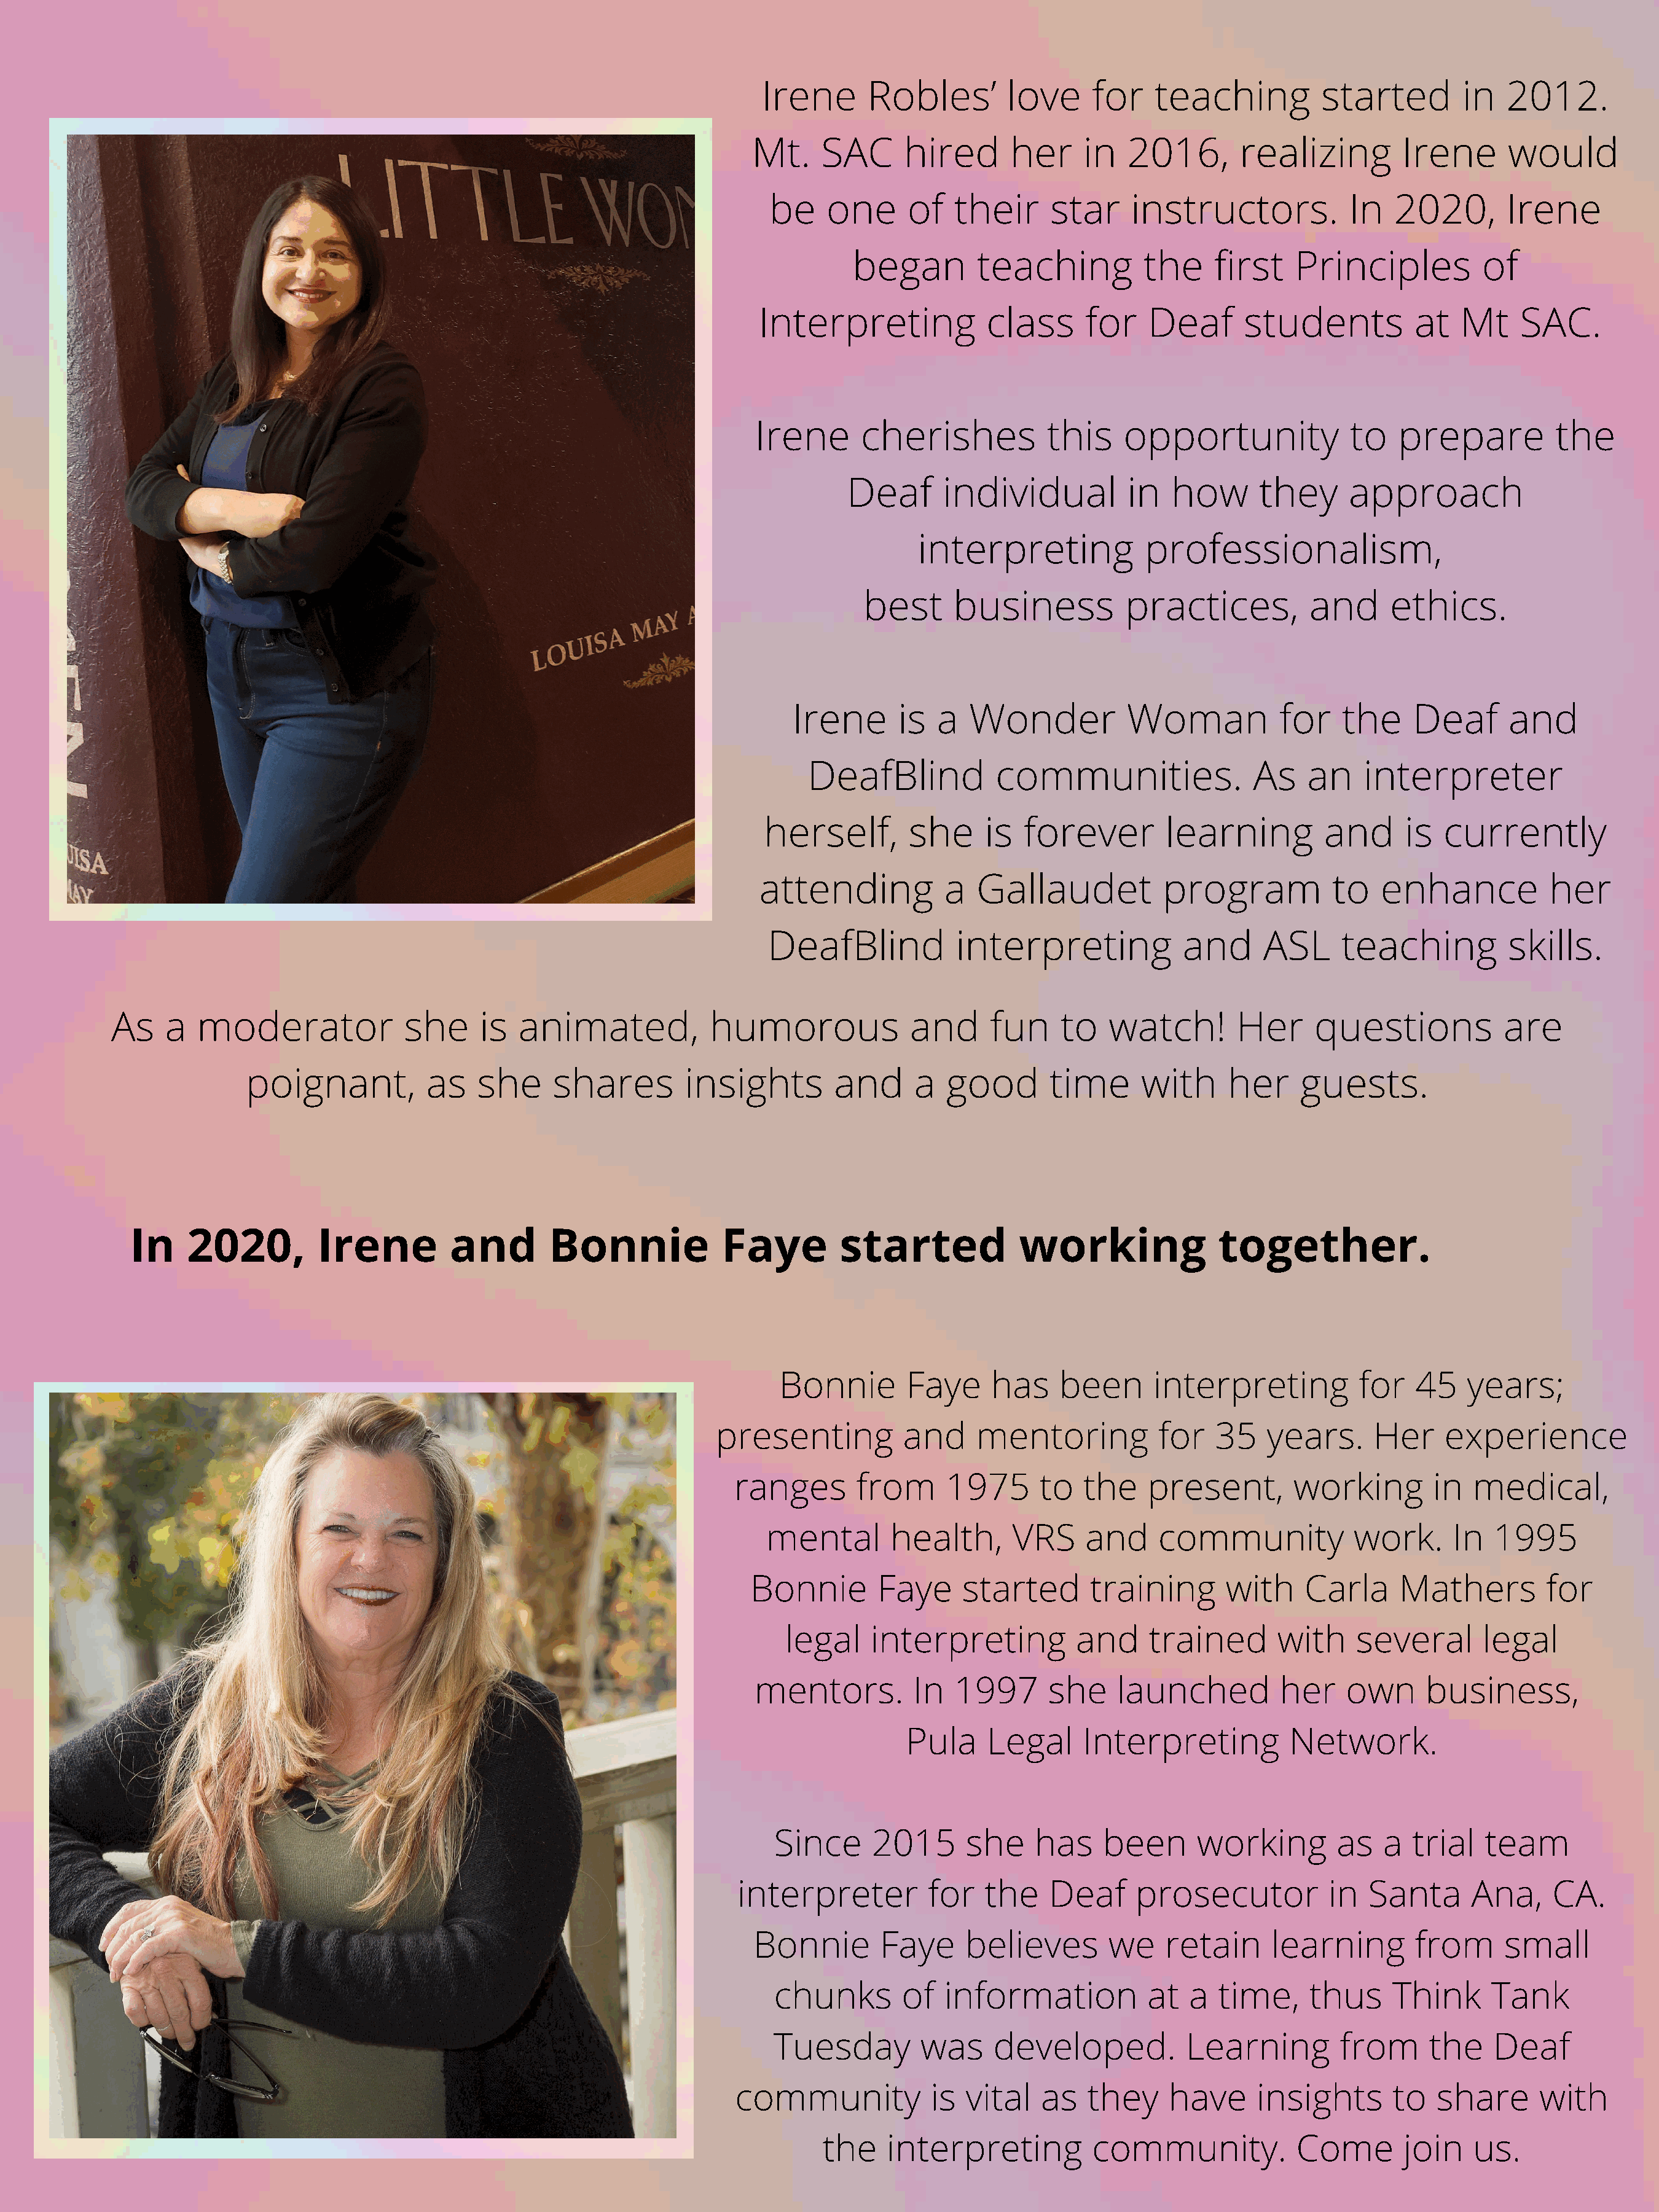
Irene      Robles’         love     for   teaching          started         in  2012.
 Mt.    SAC      hired       her     in  2016,        realizing        Irene      would
 be    one      of   their     star     instructors.           In   2020,       Irene
 began        teaching          the     first    Principles          of
 Interpreting            class      for    Deaf      students          at   Mt     SAC.
 Irene       cherishes           this    opportunity             to    prepare          the
 Deaf       individual         in   how       they     approach
 interpreting            professionalism,
 best      business          practices,          and      ethics.
 Irene       is  a  Wonder           Woman            for    the    Deaf       and
 DeafBlind           communities.                As    an    interpreter
 herself,        she     is  forever         learning         and     is   currently
 attending           a  Gallaudet           program            to   enhance           her
 DeafBlind           interpreting            and      ASL      teaching         skills.
 As    a  moderator              she     is  animated,           humorous              and      fun    to   watch!        Her      questions           are
 poignant,           as   she      shares        insights        and     a   good       time      with     her     guests.
 In    2020,         Irene         and        Bonnie             Faye        started             working              together.
 Bonnie        Faye     has    been      interpreting          for   45    years;
 presenting          and     mentoring           for   35   years.      Her     experience
 ranges       from      1975      to   the    present,       working        in   medical,
 mental       health,      VRS     and     community            work.      In  1995
 Bonnie        Faye     started      training       with     Carla     Mathers         for
 legal    interpreting          and     trained       with    several       legal
 mentors.         In   1997      she    launched          her    own      business,
 Pula    Legal      Interpreting          Network.
 Since      2015      she    has     been      working        as   a  trial   team
 interpreter          for   the    Deaf     prosecutor           in  Santa       Ana,    CA.
 Bonnie        Faye     believes       we     retain     learning       from      small
 chunks        of   information           at  a  time,     thus     Think      Tank
 Tuesday         was     developed.           Learning        from      the    Deaf
 community            is  vital   as   they     have     insights       to   share      with
 the    interpreting          community.            Come       join    us.